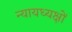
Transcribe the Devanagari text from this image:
न्यायध्यक्षों